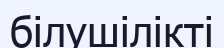
білушілікті